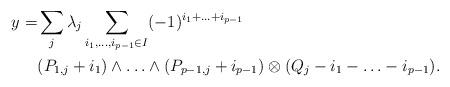
LaTeX: \begin{align*}y=&\sum_j\lambda_j\sum_{i_1,\ldots,i_{p-1}\in I}(-1)^{{i_1}+\ldots+i_{p-1}} \\ &(P_{1,j}+i_1)\wedge\ldots\wedge(P_{p-1,j}+i_{p-1})\otimes(Q_j-i_1-\ldots-i_{p-1}).\end{align*}